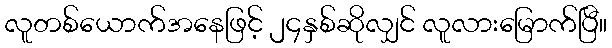
လူတစ်ယောက်အနေဖြင့် ၂၄နှစ်ဆိုလျှင် လူလားမြောက်ပြီ။